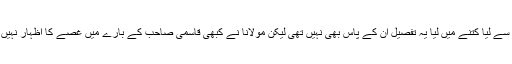
کس سے لیا کتنے میں لیا یہ تفصیل ان کے پاس بھی نہیں تھی لیکن مولانا نے کبھی قاسمی صاحب کے بارے میں غصے کا اظہار نہیں کیا۔